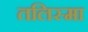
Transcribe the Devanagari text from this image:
तलिस्मा